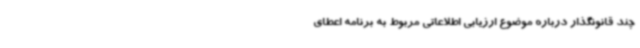
چند قانونگذار درباره موضوع ارزیابی اطلاعاتی مربوط به برنامه اعطای